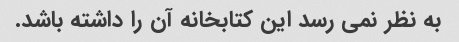
به نظر نمی رسد این کتابخانه آن را داشته باشد.